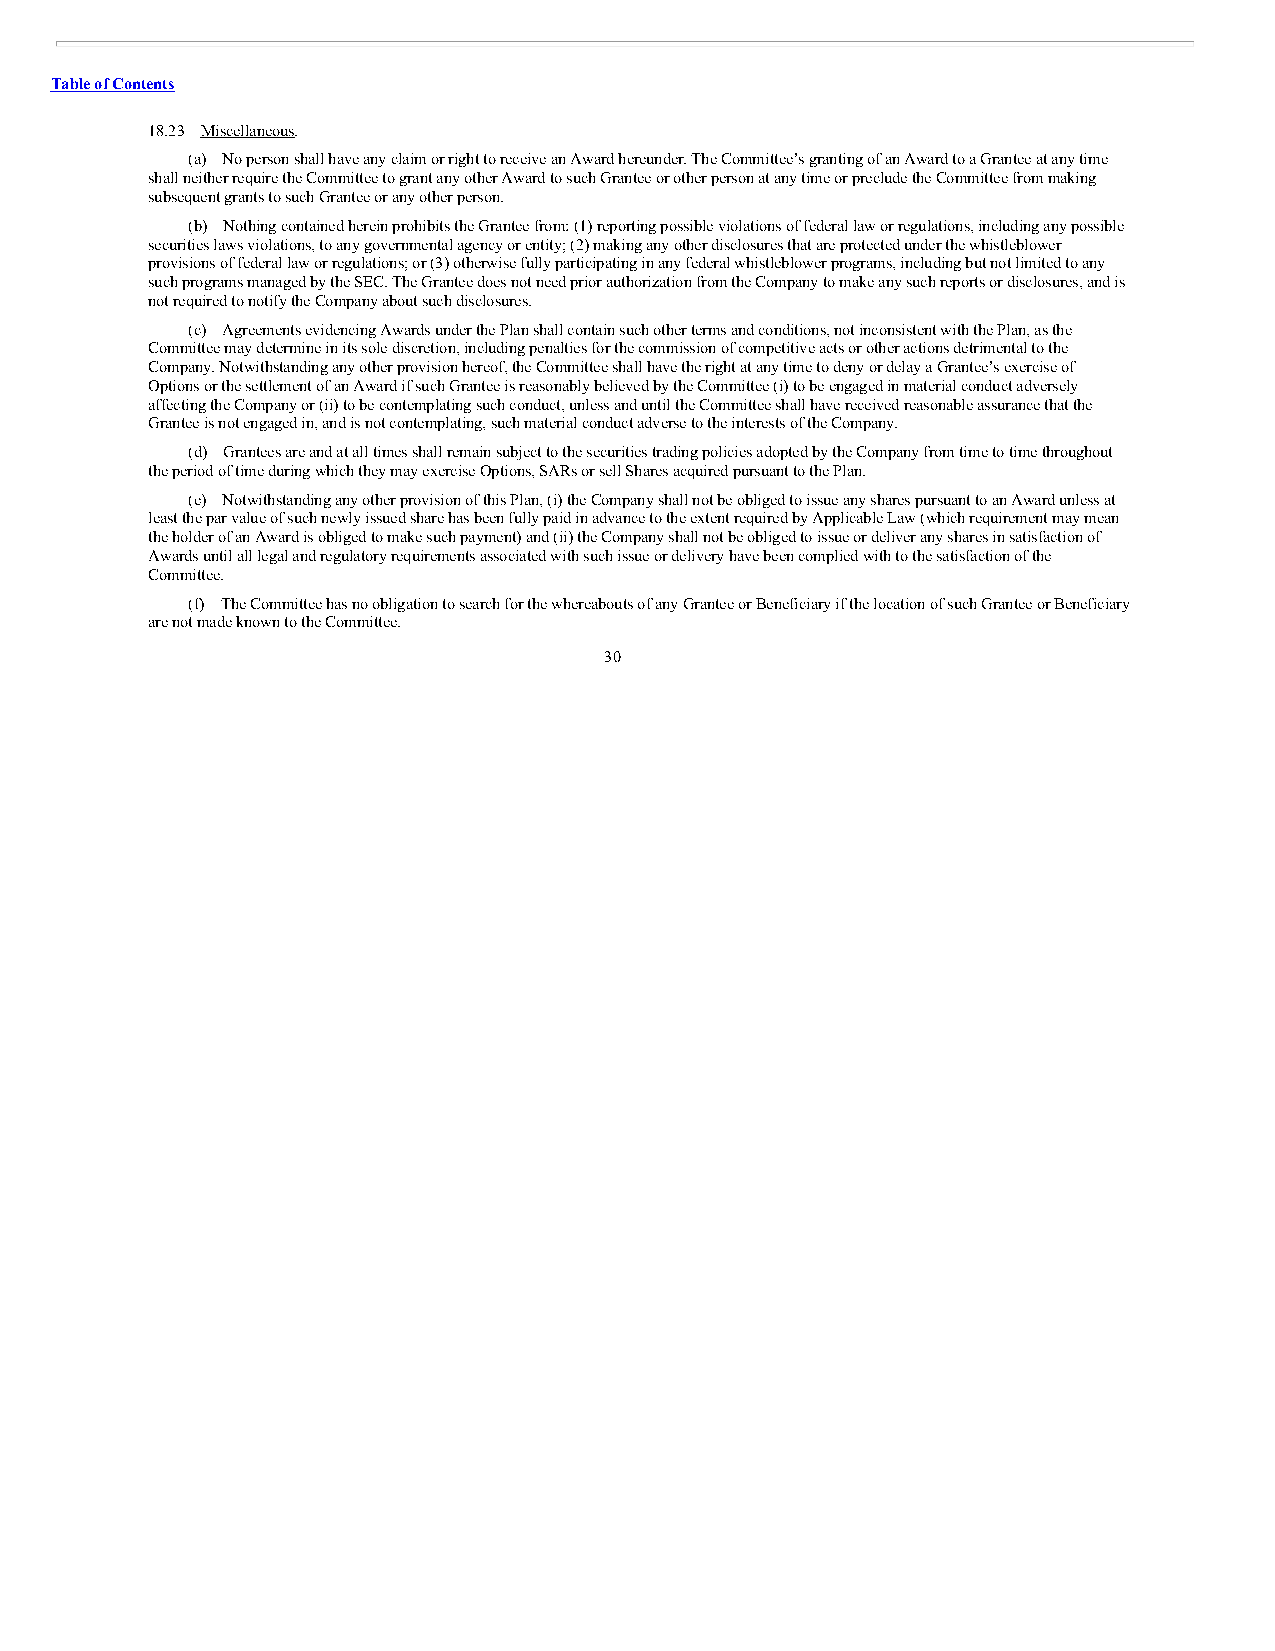
Table of Contents
 18.23 Miscellaneous.
 (a) No person shall have any claim or right to receive an Award hereunder. The Committee’s granting of an Award to a Grantee at any time
 shall neither require the Committee to grant any other Award to such Grantee or other person at any time or preclude the Committee from making
 subsequent grants to such Grantee or any other person.
 (b) Nothing contained herein prohibits the Grantee from: (1) reporting possible violations of federal law or regulations, including any possible
 securities laws violations, to any governmental agency or entity; (2) making any other disclosures that are protected under the whistleblower
 provisions of federal law or regulations; or (3) otherwise fully participating in any federal whistleblower programs, including but not limited to any
 such programs managed by the SEC. The Grantee does not need prior authorization from the Company to make any such reports or disclosures, and is
 not required to notify the Company about such disclosures.
 (c) Agreements evidencing Awards under the Plan shall contain such other terms and conditions, not inconsistent with the Plan, as the
 Committee may determine in its sole discretion, including penalties for the commission of competitive acts or other actions detrimental to the
 Company. Notwithstanding any other provision hereof, the Committee shall have the right at any time to deny or delay a Grantee’s exercise of
 Options or the settlement of an Award if such Grantee is reasonably believed by the Committee (i) to be engaged in material conduct adversely
 affecting the Company or (ii) to be contemplating such conduct, unless and until the Committee shall have received reasonable assurance that the
 Grantee is not engaged in, and is not contemplating, such material conduct adverse to the interests of the Company.
 (d) Grantees are and at all times shall remain subject to the securities trading policies adopted by the Company from time to time throughout
 the period of time during which they may exercise Options, SARs or sell Shares acquired pursuant to the Plan.
 (e) Notwithstanding any other provision of this Plan, (i) the Company shall not be obliged to issue any shares pursuant to an Award unless at
 least the par value of such newly issued share has been fully paid in advance to the extent required by Applicable Law (which requirement may mean
 the holder of an Award is obliged to make such payment) and (ii) the Company shall not be obliged to issue or deliver any shares in satisfaction of
 Awards until all legal and regulatory requirements associated with such issue or delivery have been complied with to the satisfaction of the
 Committee.
 (f) The Committee has no obligation to search for the whereabouts of any Grantee or Beneficiary if the location of such Grantee or Beneficiary
 are not made known to the Committee.
 30